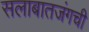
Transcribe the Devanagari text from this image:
सलाबातजंगची